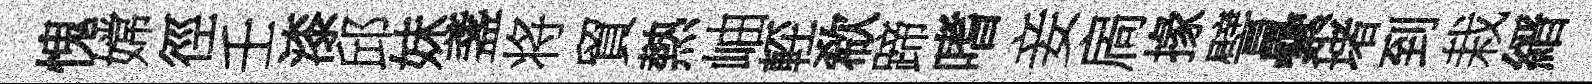
愧嫦徑壬漆邱妹盞将貿熱岫䡖欷蹄嗜妾扄掾譬纍堵到栽縉